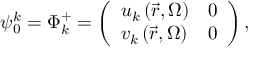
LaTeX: \psi _ { 0 } ^ { k } = \Phi _ { k } ^ { + } = \left( { \begin{array} { l l } { { { u _ { k } \left( { \vec { r } , \Omega } \right) } } } & { { 0 } } \\ { { { v _ { k } \left( { \vec { r } , \Omega } \right) } } } & { { 0 } } \end{array} } \right) ,